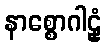
နာစ္စောဂါဠှံ